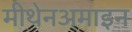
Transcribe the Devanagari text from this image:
मीथेनअमाइन